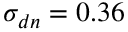
\sigma _ { d n } = 0 . 3 6